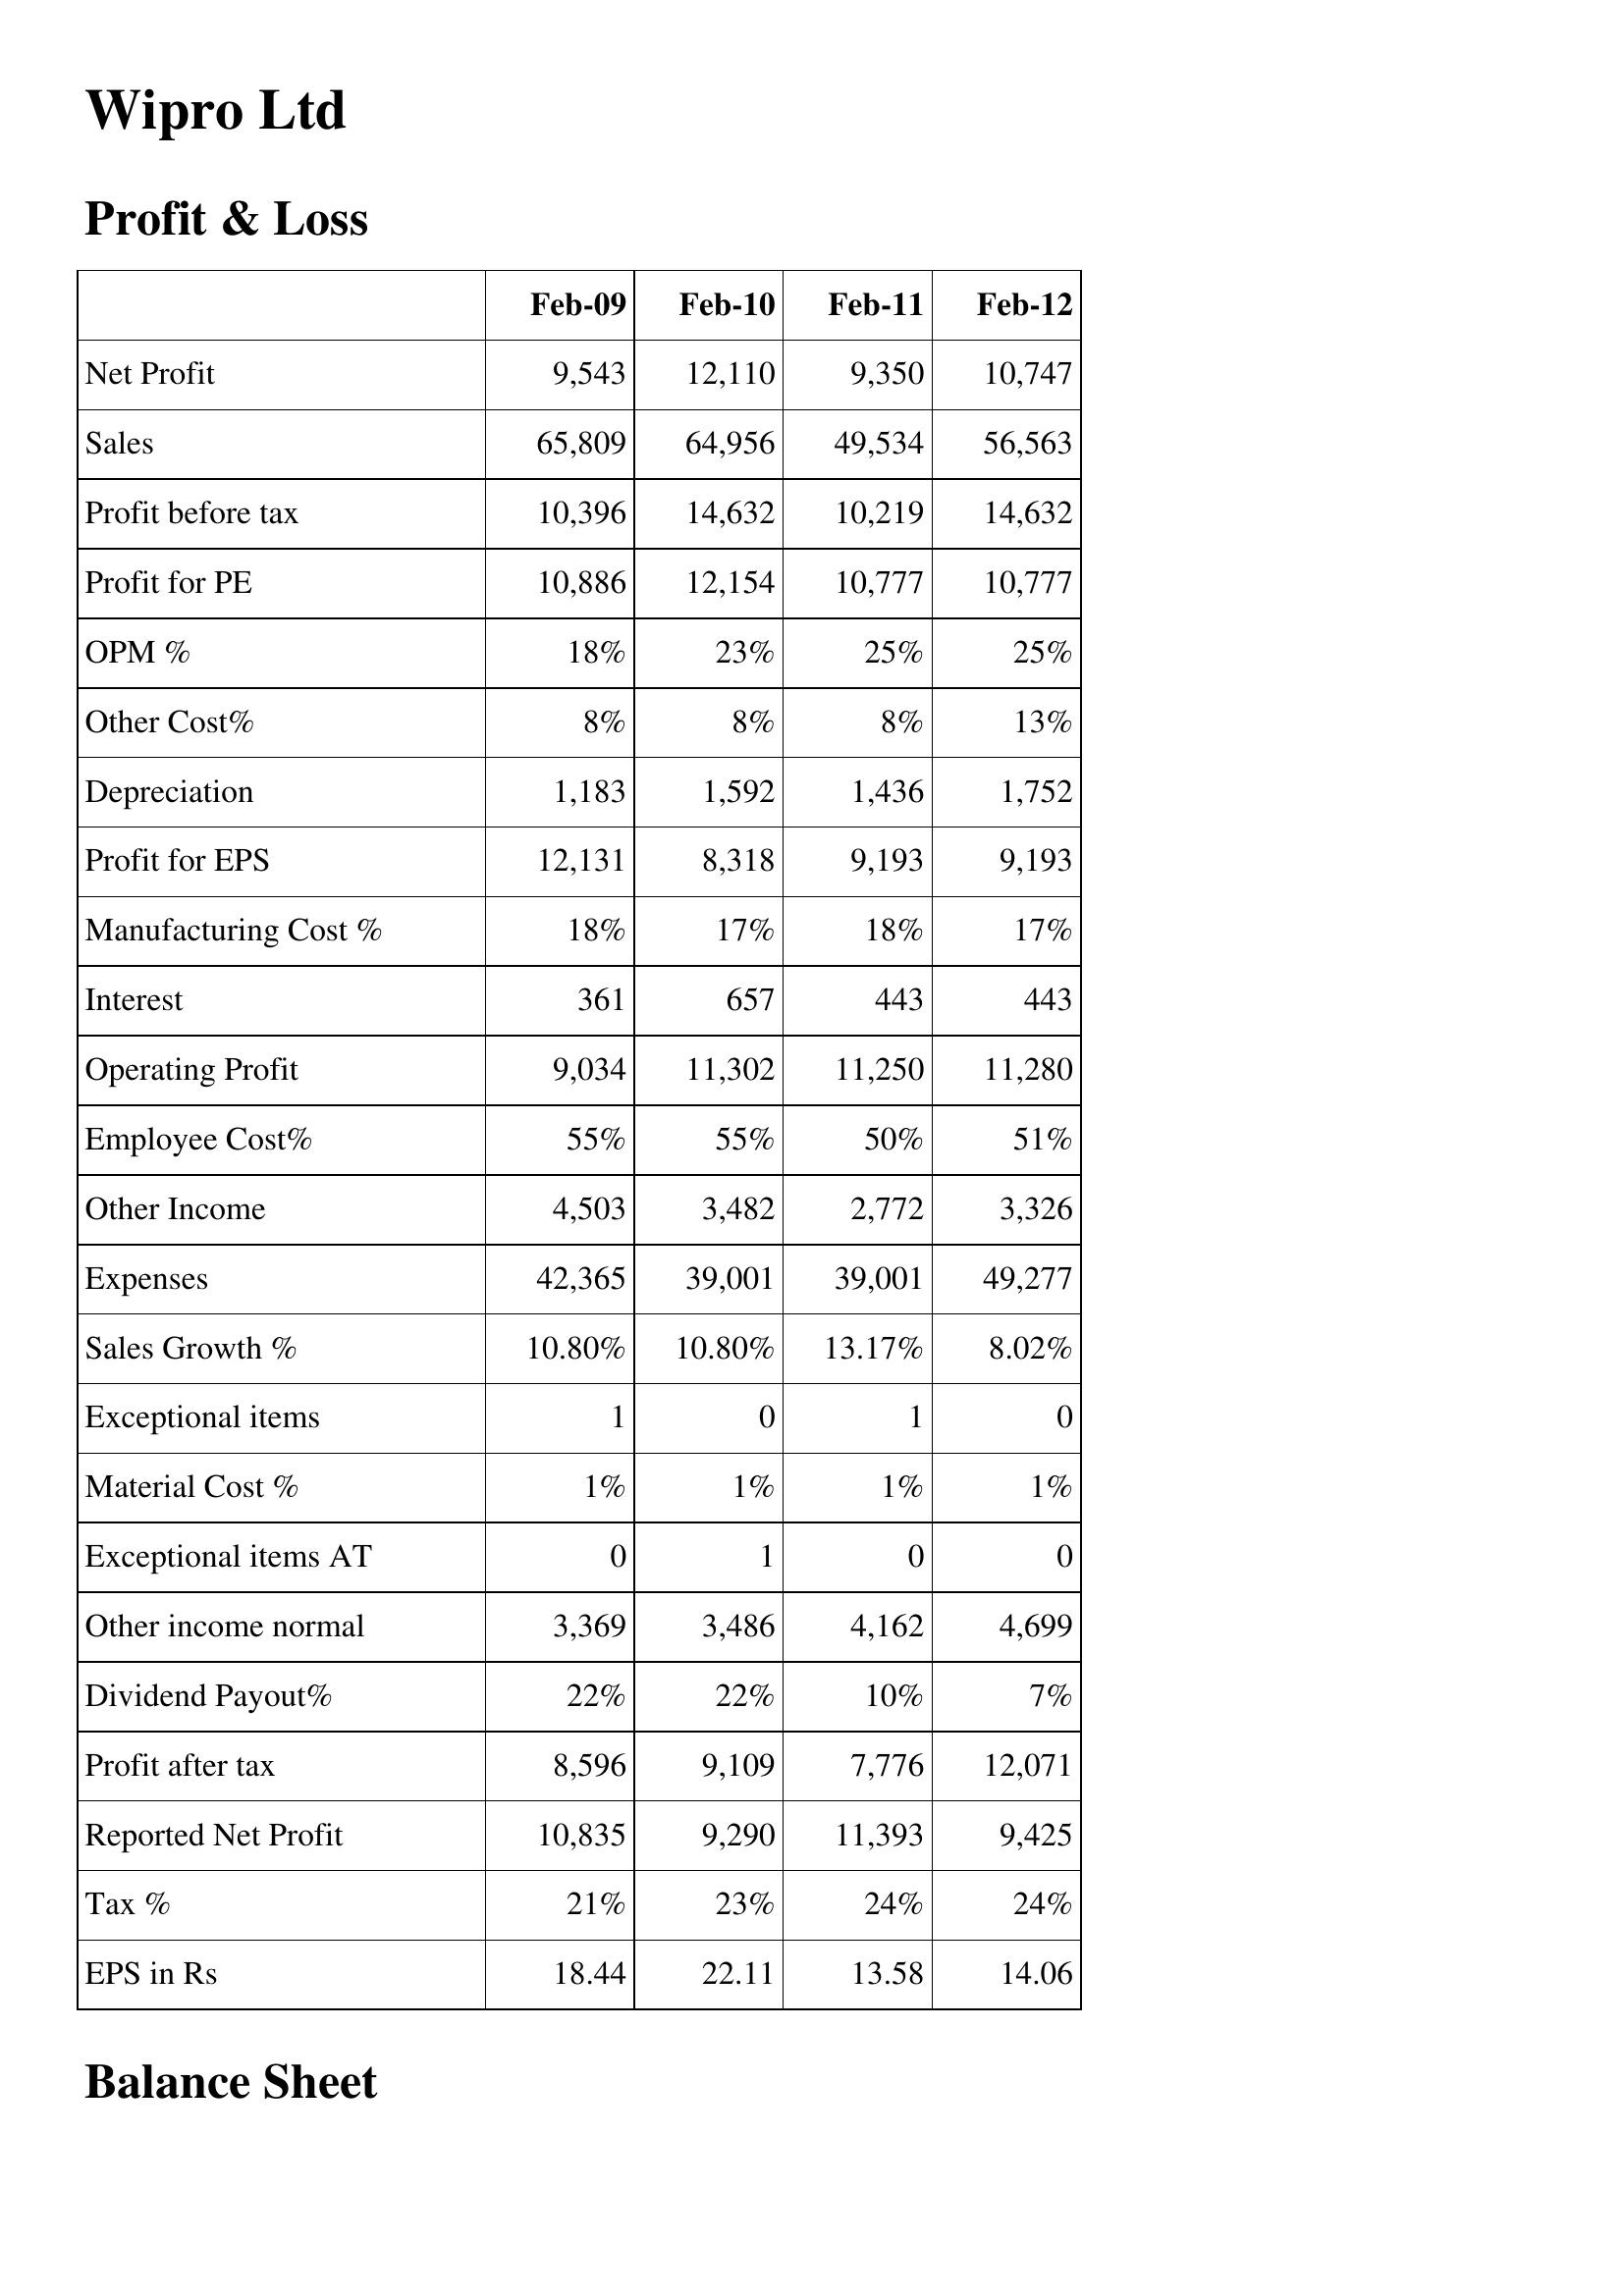
Feb-09: Profit & Loss: Net Profit: 9,543
Sales: 65,809
Profit before tax: 10,396
Profit for PE: 10,886
OPM %: 18%
Other Cost%: 8%
Depreciation: 1,183
Profit for EPS: 12,131
Manufacturing Cost %: 18%
Interest: 361
Operating Profit: 9,034
Employee Cost%: 55%
Other Income: 4,503
Expenses: 42,365
Sales Growth %: 10.80%
Exceptional items: 1
Material Cost %: 1%
Exceptional items AT: 0
Other income normal: 3,369
Dividend Payout%: 22%
Profit after tax: 8,596
Reported Net Profit: 10,835
Tax %: 21%
EPS in Rs: 18.44
Feb-10: Profit & Loss: Net Profit: 12,110
Sales: 64,956
Profit before tax: 14,632
Profit for PE: 12,154
OPM %: 23%
Other Cost%: 8%
Depreciation: 1,592
Profit for EPS: 8,318
Manufacturing Cost %: 17%
Interest: 657
Operating Profit: 11,302
Employee Cost%: 55%
Other Income: 3,482
Expenses: 39,001
Sales Growth %: 10.80%
Exceptional items: 0
Material Cost %: 1%
Exceptional items AT: 1
Other income normal: 3,486
Dividend Payout%: 22%
Profit after tax: 9,109
Reported Net Profit: 9,290
Tax %: 23%
EPS in Rs: 22.11
Feb-11: Profit & Loss: Net Profit: 9,350
Sales: 49,534
Profit before tax: 10,219
Profit for PE: 10,777
OPM %: 25%
Other Cost%: 8%
Depreciation: 1,436
Profit for EPS: 9,193
Manufacturing Cost %: 18%
Interest: 443
Operating Profit: 11,250
Employee Cost%: 50%
Other Income: 2,772
Expenses: 39,001
Sales Growth %: 13.17%
Exceptional items: 1
Material Cost %: 1%
Exceptional items AT: 0
Other income normal: 4,162
Dividend Payout%: 10%
Profit after tax: 7,776
Reported Net Profit: 11,393
Tax %: 24%
EPS in Rs: 13.58
Feb-12: Profit & Loss: Net Profit: 10,747
Sales: 56,563
Profit before tax: 14,632
Profit for PE: 10,777
OPM %: 25%
Other Cost%: 13%
Depreciation: 1,752
Profit for EPS: 9,193
Manufacturing Cost %: 17%
Interest: 443
Operating Profit: 11,280
Employee Cost%: 51%
Other Income: 3,326
Expenses: 49,277
Sales Growth %: 8.02%
Exceptional items: 0
Material Cost %: 1%
Exceptional items AT: 0
Other income normal: 4,699
Dividend Payout%: 7%
Profit after tax: 12,071
Reported Net Profit: 9,425
Tax %: 24%
EPS in Rs: 14.06